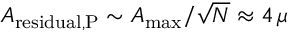
A _ { \mathrm { r e s i d u a l , P } } \sim A _ { \mathrm { m a x } } / \sqrt { N } \approx 4 \, \mu